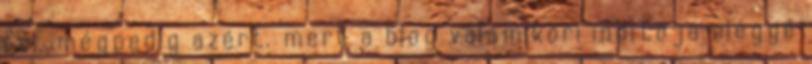
fel, mégpedig azért, mert a blog valamikori indítója eléggé